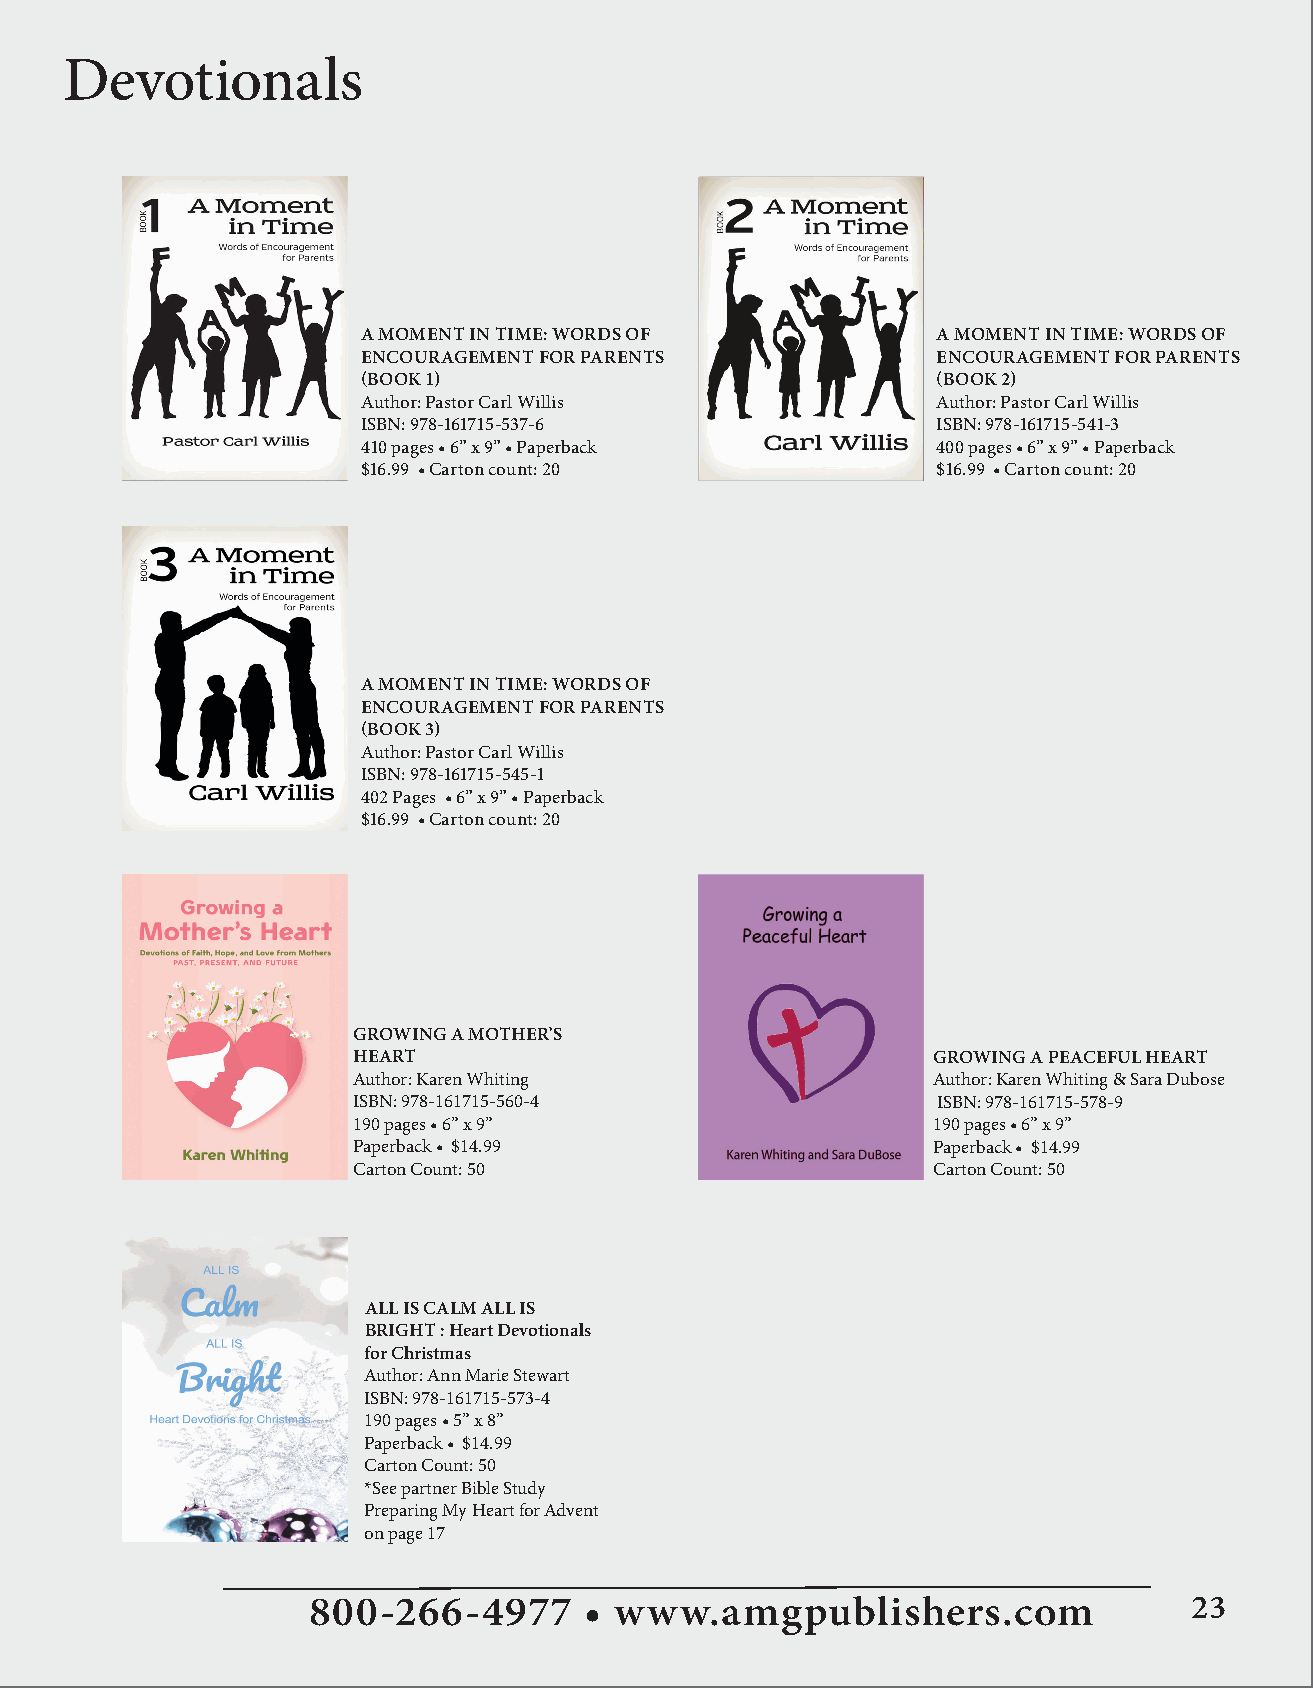
Devotionals
 A MOMENT IN TIME: WORDS OF            A MOMENT IN TIME: WORDS OF
 ENCOURAGEMENT FOR PARENTS             ENCOURAGEMENT FOR PARENTS
 (BOOK 1)                              (BOOK 2)
 Author: Pastor Carl Willis            Author: Pastor Carl Willis
 ISBN: 978-161715-537-6                ISBN: 978-161715-541-3
 410 pages • 6” x 9” • Paperback       400 pages • 6” x 9” • Paperback
 $16.99 • Carton count: 20             $16.99 • Carton count: 20
 A MOMENT IN TIME: WORDS OF
 ENCOURAGEMENT FOR PARENTS
 (BOOK 3)
 Author: Pastor Carl Willis
 ISBN: 978-161715-545-1
 402 Pages • 6” x 9” • Paperback
 $16.99 • Carton count: 20
 GROWING A MOTHER’S
 HEART                                  GROWING A PEACEFUL HEART
 Author: Karen Whiting                  Author: Karen Whiting & Sara Dubose
 ISBN: 978-161715-560-4                 ISBN: 978-161715-578-9
 190 pages • 6” x 9”                    190 pages • 6” x 9”
 Paperback • $14.99                     Paperback • $14.99
 Carton Count: 50                       Carton Count: 50
 ALL IS CALM ALL IS
 BRIGHT : Heart Devotionals
 for Christmas
 Author: Ann Marie Stewart
 ISBN: 978-161715-573-4
 190 pages • 5” x 8”
 Paperback • $14.99
 Carton Count: 50
 *See partner Bible Study
 Preparing My Heart for Advent
 on page 17
 800-266-4977       • www.amgpublishers.com                 23